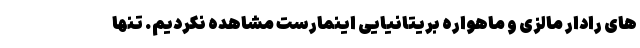
های رادار مالزی و ماهواره بریتانیایی اینمارست مشاهده نکردیم. تنها